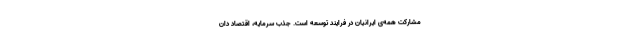
مشارکت همه‌ی ایرانیان در فرایند توسعه است. جذب سرمایه، اقتصاد دان